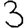
Digit: 3